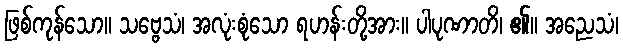
ဖြစ်ကုန်သော။ သဗ္ဗေသံ၊ အလုံးစုံသော ရဟန်းတို့အား။ ပါပုဏာတိ၊ ၏။ အညေသံ၊